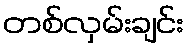
တစ်လှမ်းချင်း